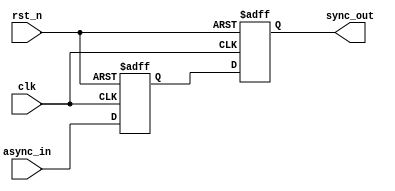
module MasterSlaveFFSynchronizer (
    input wire clk,         // Clock signal
    input wire rst_n,      // Active-low reset signal
    input wire async_in,    // Asynchronous input signal
    output reg sync_out     // Synchronized output signal
);

    // Internal signals for master and slave flip-flops
    reg master_out;

    // Master Flip-Flop: Samples the input on the rising edge of the clock
    always @(posedge clk or negedge rst_n) begin
        if (!rst_n) begin
            master_out <= 1'b0; // Reset master output
        end else begin
            master_out <= async_in; // Sample the asynchronous input
        end
    end

    // Slave Flip-Flop: Samples the output of the master on the falling edge of the clock
    always @(negedge clk or negedge rst_n) begin
        if (!rst_n) begin
            sync_out <= 1'b0; // Reset synchronized output
        end else begin
            sync_out <= master_out; // Hold the value captured by the master
        end
    end

endmodule